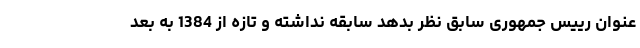
عنوان رییس جمهوری سابق نظر بدهد سابقه نداشته و تازه از 1384 به بعد